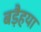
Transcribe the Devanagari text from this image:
बड़ैहया